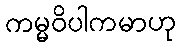
ကမ္မဝိပါကမာဟု